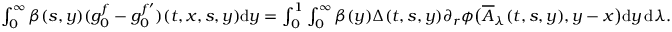
\begin{array} { r } { \int _ { 0 } ^ { \infty } \beta ( s , y ) ( g _ { 0 } ^ { f } - g _ { 0 } ^ { f ^ { \prime } } ) ( t , x , s , y ) \mathrm { d } y = \int _ { 0 } ^ { 1 } \int _ { 0 } ^ { \infty } \beta ( y ) \Delta ( t , s , y ) \partial _ { r } \phi \big ( \overline { { A } } _ { \lambda } ( t , s , y ) , y - x \big ) \mathrm { d } y \, \mathrm { d } \lambda . } \end{array}